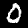
Label: 0